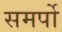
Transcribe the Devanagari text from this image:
समर्पो